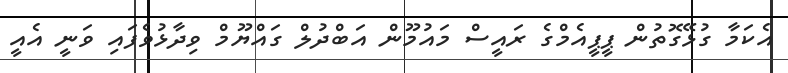
އެކަމާ ގުޅޭގޮތުން ޕީޕީއެމްގެ ރައީސް މައުމޫން އަބްދުލް ގައްޔޫމް ވިދާޅުވެފައި ވަނީ އެއީ